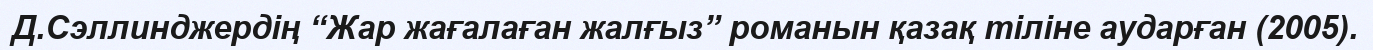
Д.Сэллинджердің “Жар жағалаған жалғыз” романын қазақ тіліне аударған (2005).